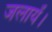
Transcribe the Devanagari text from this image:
जलायें।